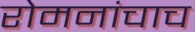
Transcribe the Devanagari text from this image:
रोमनांचाच